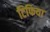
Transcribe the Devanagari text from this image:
टिफिया